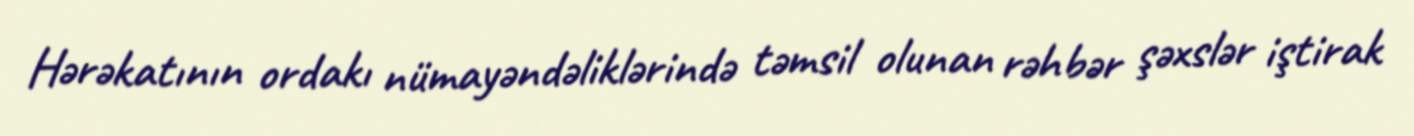
Hərəkatının ordakı nümayəndəliklərində təmsil olunan rəhbər şəxslər iştirak